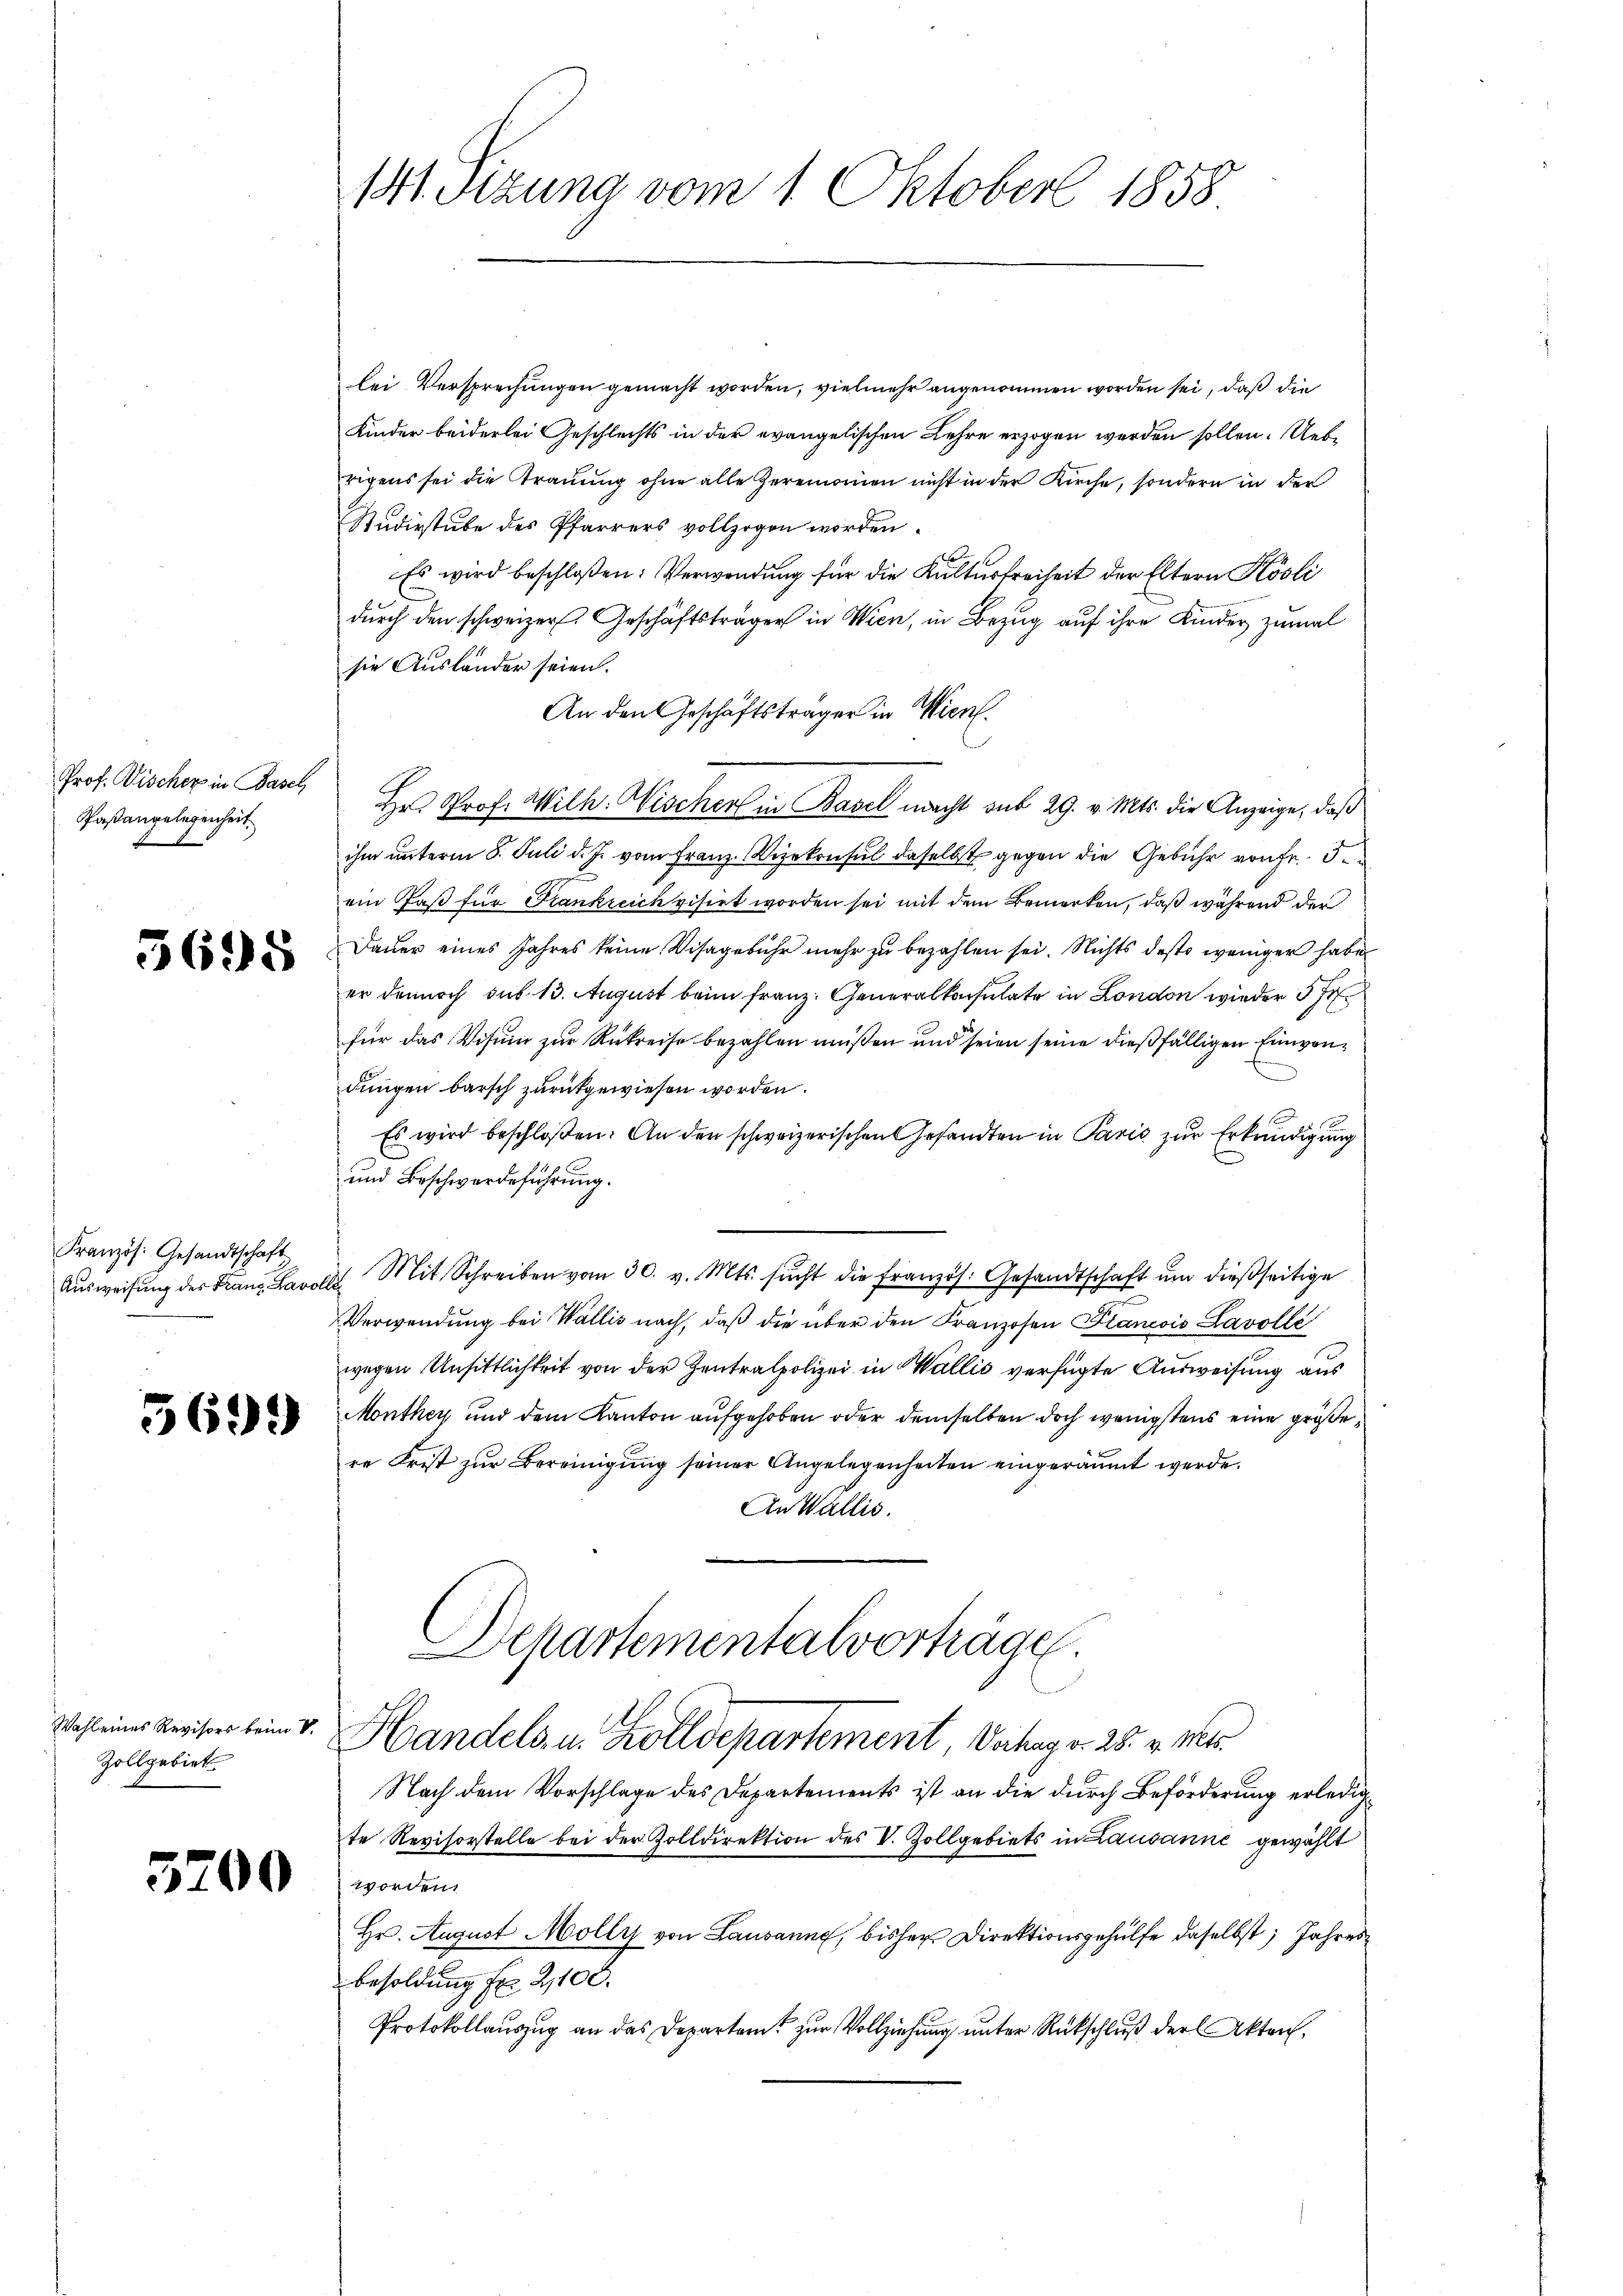
Prof. Pischer in Basel
Paßangelegenheit.

5698

Französ. Gesandtschaft
Ausweisung der Franz Lavor

3699)

Wahl eines Revisors beim V.
Zollgebiet.

5200

141. Sizung vom 1. Oktober 1858

lei Versprechungen gemacht worden, vielmehr angenommen worden sei, daß die
Kinder beiderlei Geschlechts in der evangelischen Lehre erzogen werden sollen. Uebe
rigens sei die Trauung ohne alle Zereinamen nicht in der Kirche, sondern in der
Studirstube des Pfarrers vollzogen worden.
Es wird beschloßen: Verwendung für die Kulturfreiheit der Eltern Kösli
durch den schweizer. Geschäftsträger in Wien, in Bezug auf ihre Kinder zumal
sie Ausländer seien.
An den Geschäftsträger in Wien.
Hr. Prof. Wilh. Nischer in Basel macht sub 29. v. Mts. die Anzeige, daß
ihm unterm 8. Juli d. J. vom Franz-Vizekonsul daselbst gegen die Gebühr von fr. 5.
ein Faß für Frankreich visirt worden sei mit dem Bemerken, daß während der
Dauer eines Jahres keine Visagebühr mehr zu bezahlen sei. Nichts desto weniger habe
er dennoch sub 13. August beim Franz. Generalkonsulate in London wieder 5 fr.
für das Visum zur Rükreise bezahlen müßen und seien seine dießfälligen Einwendungen barsch zurückgewiesen worden.
Es wird beschloßen: An den schweizerischen Gesandten in Paris zur Erkundigung
und Beschwerdeführung.
Mit Schreiben vom 30. v. Mts. sucht die Französ. Gesandtschaft um dießseitige
Al
Verwendung bei Wallis nach, daß die über den Franzosen Plancois Lavolle
wegen Unsittlichkeit von der Zentralpolizei in Wallis verfügte Ausweisung aus
Monthey und dem Kanton aufgehoben oder demselben doch wenigstens eine größere Frist zŭr Bereinigŭng seiner Angelegenheiten eingeräumt werde.
An Wallis.
Departementalverträge
Handels u. Zolldepartement, Verhag v. 25. v. M.
Nach dem Vorschlage des Departements ist an die durch Beförderung erledigte Revisorstelle bei der Zolldirektion des V. Zollgebiets in Lausanne gewählt
worden.
Hr. August Molly von Lausanne, bisher Direktionsgehülfe daselbst, Jahres
Besoldung Fr. 2,100.
Protokollauszug an das Departamt zur Vollziehung unter Rückschluß der Akten,